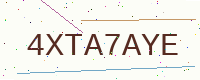
Text: 4XTA7AYE